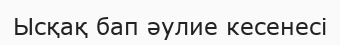
Ысқақ бап әулие кесенесі